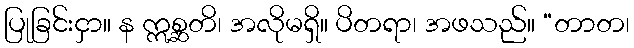
ပြုခြင်းငှာ။ န ဣစ္ဆတိ၊ အလိုမရှိ။ ပိတရာ၊ အဖသည်။ “တာတ၊